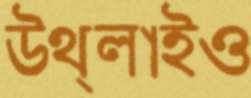
উথ্‌লাইও